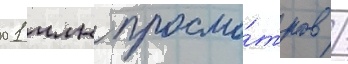
01 млн просмо́тров /